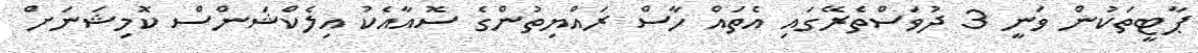
ޕާޓީތަކުން ވަނީ 3 ދުވަސްތެރޭގައި އެތައް ހާސް ރައްޔިތުންގެ ސޮއާއެކު އިލެކްޝަންސް ކޮމިޝަނަށް